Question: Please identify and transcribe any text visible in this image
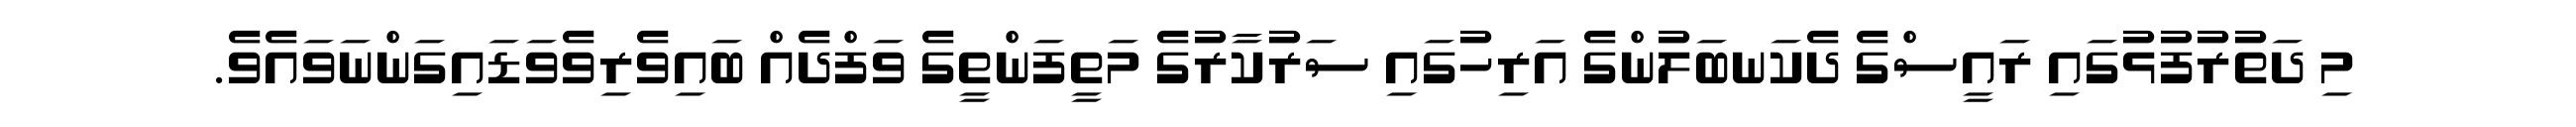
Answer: މި ދަތުރުފުޅުގައި ރައީސްގެ ދެކަނބަލުންގެ އަރިހުގައި ސަރުކާރުގެ މަތީފަންތީގެ ވަފްދެއް ބައިވެރިވެވަޑައިގަންނަވައެވެ.